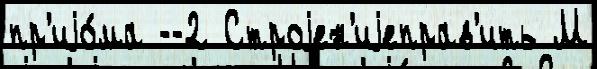
пр'иjо́ма --2 Строjен'иjеправ'ить М